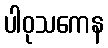
ပါဝုသကေန